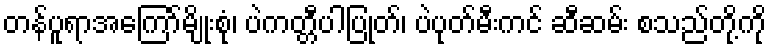
တန်ပူရာအကြော်မျိုးစုံ၊ ပဲကတ္တီပါပြုတ်၊ ပဲပုတ်မီးကင် ဆီဆမ်း စသည်တို့ကို